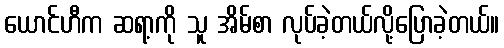
ယောင်ဟီက ဆရာ့ကို သူ အိမ်စာ လုပ်ခဲ့တယ်လို့ပြောခဲ့တယ်။